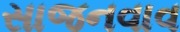
સાજનવાવ